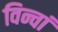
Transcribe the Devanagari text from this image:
विन्चां